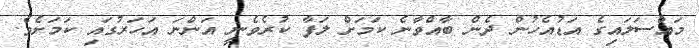
މައްސަލައިގެ އަޑުއެހުން ދެން ބާއްވާނެ ކަމަށް ލަފާ ކުރެވެނީ އަންނަ އަހަރުގައި ކަމަށެވެ.